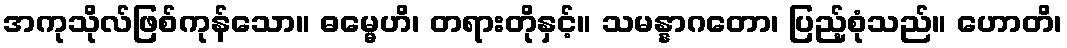
အကုသိုလ်ဖြစ်ကုန်သော။ ဓမ္မေဟိ၊ တရားတိုနှင့်။ သမန္နာဂတော၊ ပြည့်စုံသည်။ ဟောတိ၊